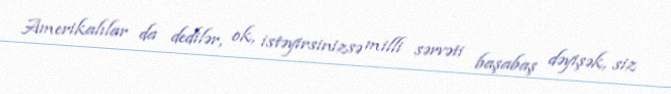
Amerikalılar da dedilər, ok, istəyirsinizsə milli sərvəti başabaş dəyişək, siz